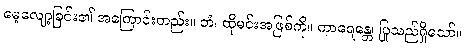
မေ့လျော့ခြင်း၏ အကြောင်းတည်း။ တံ၊ ထိုမင်းအဖြစ်ကို။ ကာရေန္တေ၊ ပြုသည်ရှိသော်။